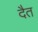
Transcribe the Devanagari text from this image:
दैत